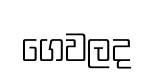
ගෙවලද